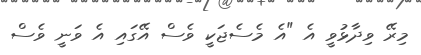
މިރޭ ވިދާޅުވީ އެ "އެ މެސެޖަކީ ވެސް އޭގައި އެ ވަނީ ވެސް